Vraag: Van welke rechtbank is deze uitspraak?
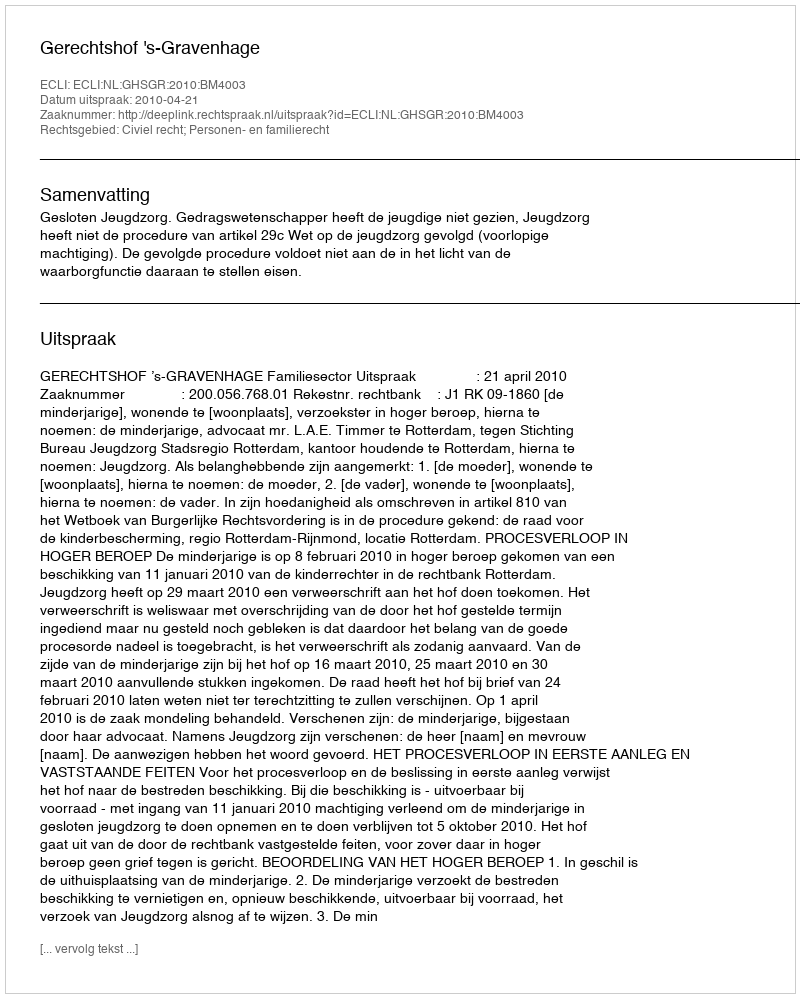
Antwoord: Gerechtshof 's-Gravenhage